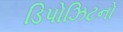
ડિપોઝિટનો